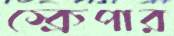
স্ক্রেপার